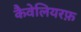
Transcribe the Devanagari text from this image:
कैवेलियरफ़